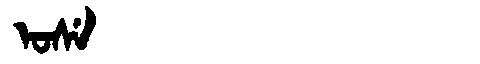
Manchu: ᠣᠰᡝ
Romanization: OSE